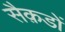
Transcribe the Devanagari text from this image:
सैक़डों